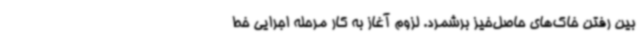
بین رفتن خاک‌های حاصل‌خیز برشمرد. لزوم آغاز به کار مرحله اجرایی خط